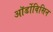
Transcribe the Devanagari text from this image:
ऑर्डोविसिन